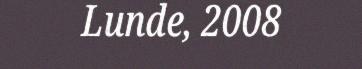
Lunde, 2008